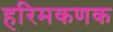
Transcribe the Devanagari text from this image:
हरिमकणक